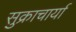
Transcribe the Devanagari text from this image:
सुक्राचार्या